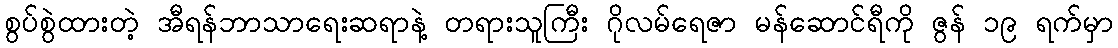
စွပ်စွဲထားတဲ့ အီရန်ဘာသာရေးဆရာနဲ့ တရားသူကြီး ဂိုလမ်ရေဇာ မန်ဆောင်ရီကို ဇွန် ၁၉ ရက်မှာ